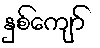
နှစ်ကျော်